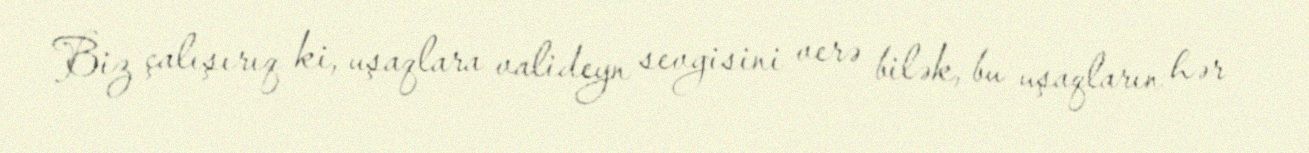
Biz çalışırıq ki, uşaqlara valideyn sevgisini verə bilək, bu uşaqların hər